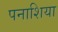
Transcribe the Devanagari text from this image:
पनाशिया